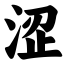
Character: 涩